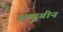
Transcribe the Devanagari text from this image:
तत्युगीन